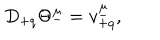
D _ { + q } \Theta ^ { \underline { { { \mu } } } } = v _ { + q } ^ { \underline { { { \mu } } } } ,